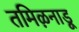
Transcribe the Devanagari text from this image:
तमिऴनाडू